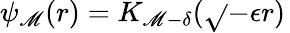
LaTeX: \psi_{\mathscr{M}}(r)=K_{\mathscr{M}-\delta}(\sqrt{}{{-\epsilon}}r)\,